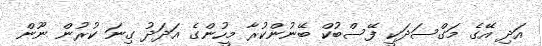
އަދި އޭގެ މަގްސަދަކީ ފޭސްބުކް ބޭނުންކުރާ މީހުންގެ އަދަދު ގިނަ ކުރުން ނޫން